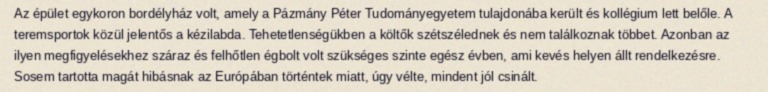
Az épület egykoron bordélyház volt, amely a Pázmány Péter Tudományegyetem tulajdonába került és kollégium lett belőle. A teremsportok közül jelentős a kézilabda. Tehetetlenségükben a költők szétszélednek és nem találkoznak többet. Azonban az ilyen megfigyelésekhez száraz és felhőtlen égbolt volt szükséges szinte egész évben, ami kevés helyen állt rendelkezésre. Sosem tartotta magát hibásnak az Európában történtek miatt, úgy vélte, mindent jól csinált.